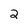
Character: 2